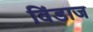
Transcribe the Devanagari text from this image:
विंडाज